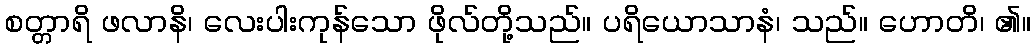
စတ္တာရိ ဖလာနိ၊ လေးပါးကုန်သော ဖိုလ်တို့သည်။ ပရိယောသာနံ၊ သည်။ ဟောတိ၊ ၏။